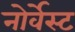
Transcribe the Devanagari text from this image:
नोर्वेस्ट